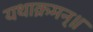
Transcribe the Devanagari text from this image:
यथाक्रमन्॥